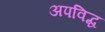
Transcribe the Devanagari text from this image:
अपविद्ध